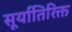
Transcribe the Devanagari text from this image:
सूर्यातिरिक्त